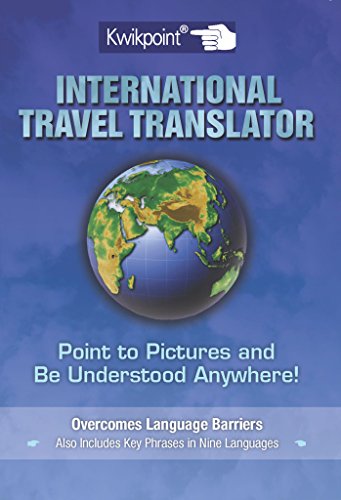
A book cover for Kwikpoint International Translator (English, Spanish, French, Italian, German, Japanese, Russian, Ukrainian, Chinese, Hindi, Tamil, Telug, ... ... Gujarati, Bengali and Korean Edition); Stillman; Travel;